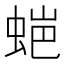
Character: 𮔌